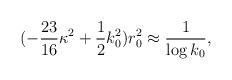
LaTeX: \begin{align*}(-\frac{23}{16}\kappa^2 + \frac12 k_0^2) r_0^2 \approx \frac{1}{\log k_0},\end{align*}